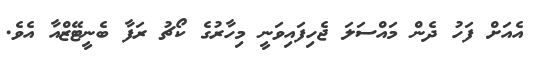
އެއަށް ފަހު ދެން މައްސަލަ ޖެހިފައިވަނީ މިހާރުގެ ކޯޗު ރަފާ ބެނީޓޭޒްއާ އެވެ.